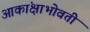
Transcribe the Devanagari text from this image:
आकांक्षाभोवती